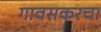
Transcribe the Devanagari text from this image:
गावसकरचा